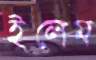
ইলেম